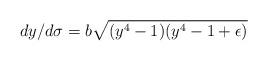
LaTeX: \begin{align*}dy/d\sigma=b\sqrt{(y^4-1)(y^4-1+\epsilon)}\end{align*}